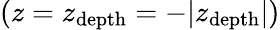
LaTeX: (z=z_{\mathrm{depth}}=-\vert z_{\mathrm{depth}}\vert)